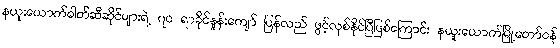
နယူးယောက်ဓါတ်ဆီဆိုင်များရဲ့ ၇၀ ရာခိုင်နှုန်းကျော် ပြန်လည် ဖွင့်လှစ်နိုင်ပြီဖြစ်ကြောင်း နယူးယောက်မြို့တော်ဝန်